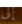
إلى